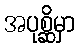
အပုစ္ဆိမှာ